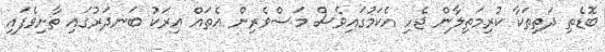
ބޮޑެތި ދަތިތަކާ ކުރިމަތިލާން ޖެހި އެކަމުގައިވެސް މަސްވެރިން އެތައް އިރަކު ބަނދަރުގައި ތާށިވެފައި